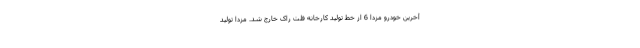
آخرین خودرو مزدا 6 از خط تولید کارخانه فلت راک خارج شد. مزدا تولید